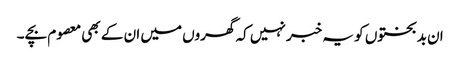
ان بدبختوں کو یہ خبر نہیں کہ گھروں میں ان کے بھی معصوم بچے ۔